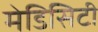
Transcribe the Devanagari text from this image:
मेडिसिटी